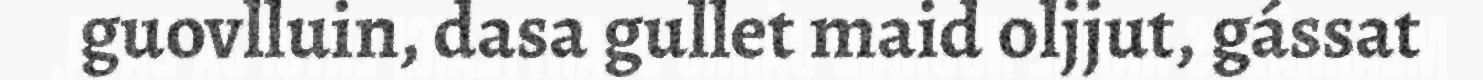
guovlluin, dasa gullet maid oljjut, gássat